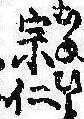
宗仁